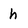
Character: h